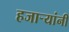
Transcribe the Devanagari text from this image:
हजार्‍यांनी